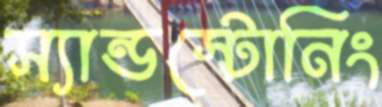
স্যান্ডস্টোনিং